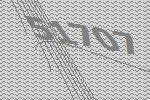
51707